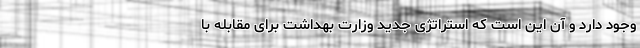
وجود دارد و آن این است که استراتژی جدید وزارت بهداشت برای مقابله با